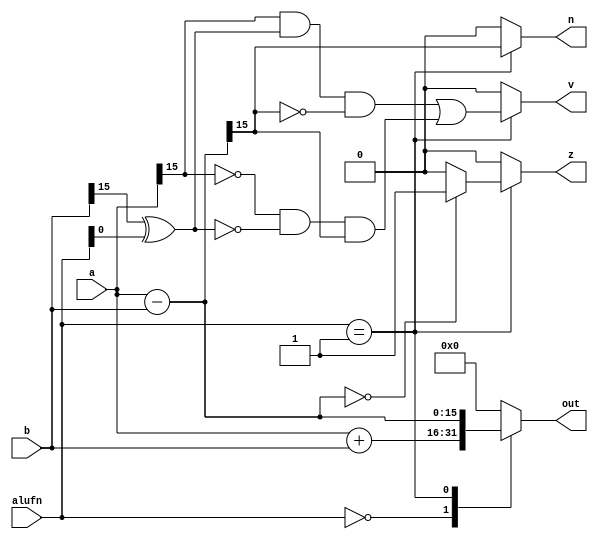
/*
   This file was generated automatically by the Mojo IDE version B1.3.6.
   Do not edit this file directly. Instead edit the original Lucid source.
   This is a temporary file and any changes made to it will be destroyed.
*/

module adder_24 (
    input [5:0] alufn,
    input [15:0] a,
    input [15:0] b,
    output reg [15:0] out,
    output reg z,
    output reg v,
    output reg n
  );
  
  
  
  reg [15:0] tempresult;
  
  reg xb;
  
  always @* begin
    out = 1'h0;
    z = 1'h0;
    v = 1'h0;
    n = 1'h0;
    
    case (alufn[0+5-:6])
      6'h00: begin
        out = $signed(a) + $signed(b);
        tempresult = $signed(a) + $signed(b);
      end
      6'h01: begin
        out = $signed(a) - $signed(b);
        tempresult = $signed(a) - $signed(b);
        xb = b[15+0-:1] ^ alufn[0+0-:1];
        if (tempresult == 1'h0) begin
          z = 1'h1;
        end else begin
          z = 1'h0;
        end
        n = tempresult[15+0-:1];
        v = (a[15+0-:1] & xb & (~tempresult[15+0-:1])) | (~a[15+0-:1] & ~xb & tempresult[15+0-:1]);
      end
    endcase
  end
endmodule